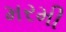
મરમી